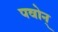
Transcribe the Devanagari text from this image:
पवोन्